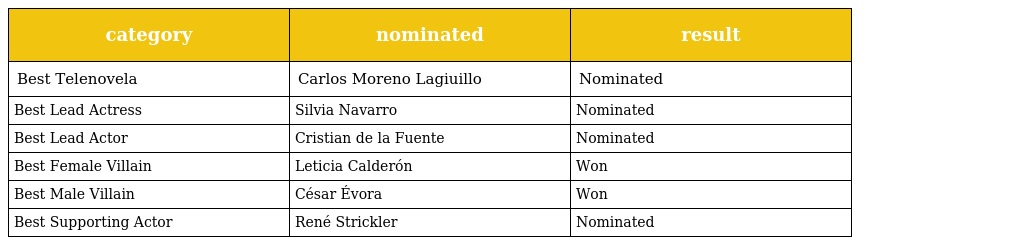
| category | nominated | result |
 | --- | --- | --- |
 | Best Telenovela | Carlos Moreno Lagiuillo | Nominated |
 | Best Lead Actress | Silvia Navarro | Nominated |
 | Best Lead Actor | Cristian de la Fuente | Nominated |
 | Best Female Villain | Leticia Calderón | Won |
 | Best Male Villain | César Évora | Won |
 | Best Supporting Actor | René Strickler | Nominated |